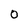
Character: O